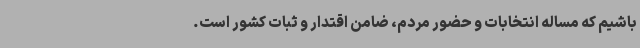
باشیم که مساله انتخابات و حضور مردم، ضامن اقتدار و ثبات کشور است.